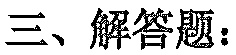
三、解答题：